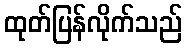
ထုတ်ပြန်လိုက်သည်